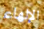
الإلهاء